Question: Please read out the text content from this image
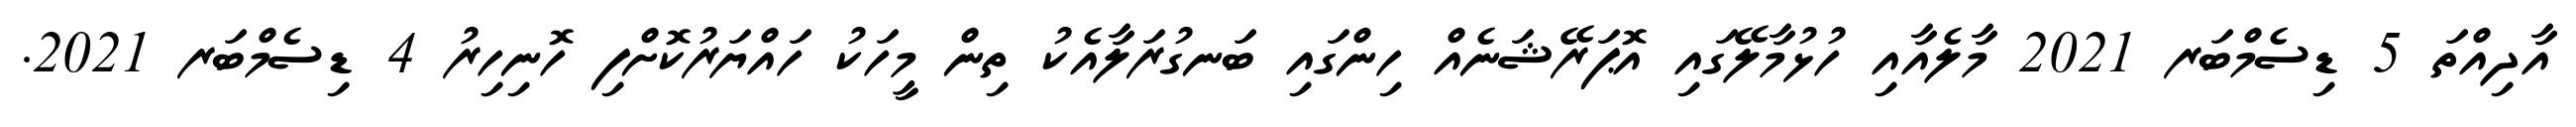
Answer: އާދިއްތަ 5 ޑިސެމްބަރ 2021 މާލެއާއި ހުޅުމާލޭގައި އޮޕަރޭޝަނެއް ހިންގައި ބަނގުރަލާއެކު ތިން މީހަކު ހައްޔަރުކޮށްފި ހޮނިހިރު 4 ޑިސެމްބަރ 2021.